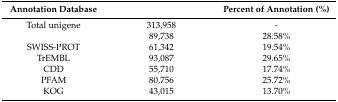
<table><thead><tr><td><b>Annotation Database</b></td><td>[EMPTY_CELL]</td><td><b>Percent of Annotation (%)</b></td></tr></thead><tbody><tr><td>Total unigene</td><td>313,958</td><td>-</td></tr><tr><td>[EMPTY_CELL]</td><td>89,738</td><td>28.58%</td></tr><tr><td>SWISS-PROT</td><td>61,342</td><td>19.54%</td></tr><tr><td>TrEMBL</td><td>93,087</td><td>29.65%</td></tr><tr><td>CDD</td><td>55,710</td><td>17.74%</td></tr><tr><td>PFAM</td><td>80,756</td><td>25.72%</td></tr><tr><td>KOG</td><td>43,015</td><td>13.70%</td></tr></tbody></table>